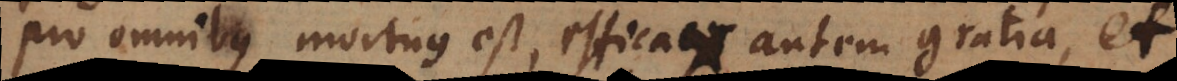
pro omnibus mortuus est, efficax autem gratia, et